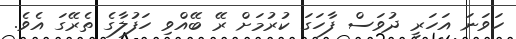
ހަވަނަ އަހަރީ ދުވަސް ފާހަގަ ކުރުމަށް ރޭ ބޭއްވި ހަފުލާގެ ތެރޭގަ އެވެ.